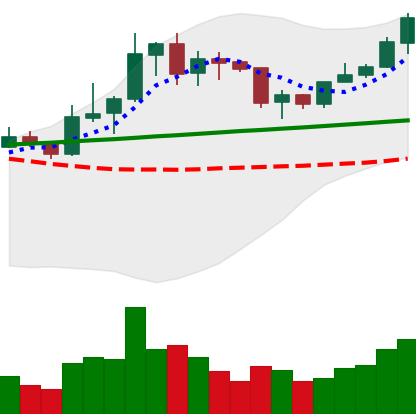
Ticker: LINK-USD
Chart end date: 2020-01-30
Forward return: -5.9%
Label: down_5_7